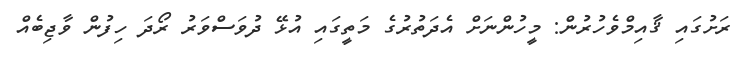
ރަށުގައި ޤާއިމްވެހުރުން: މީހުންނަށް އެދަތުރުގެ މަތީގައި އުޅޭ ދުވަސްވަރު ރޯދަ ހިފުން ވާޖިބެއް